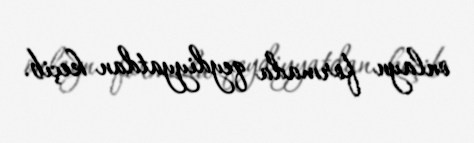
onlayn formada qeydiyyatdan keçib.